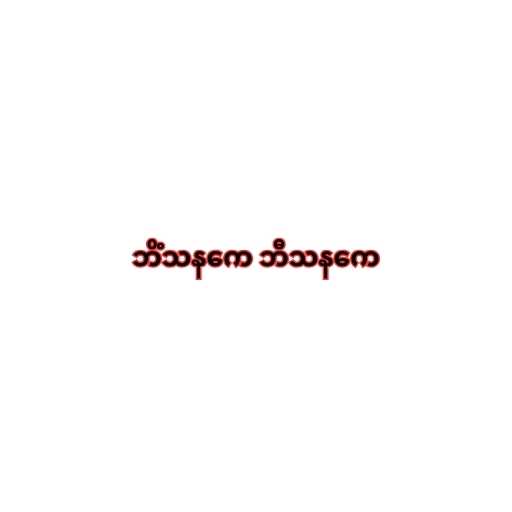
ဘိံသနကေ ဘီသနကေ